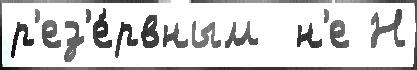
р'ез'е́рвным  н'е Н